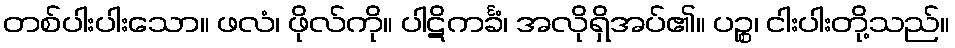
တစ်ပါးပါးသော။ ဖလံ၊ ဖိုလ်ကို။ ပါဋိကင်္ခံ၊ အလိုရှိအပ်၏။ ပဉ္စ၊ ငါးပါးတို့သည်။